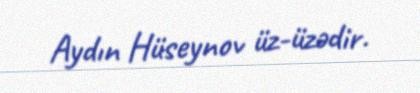
Aydın Hüseynov üz-üzədir.